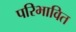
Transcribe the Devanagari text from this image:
परिभावित